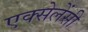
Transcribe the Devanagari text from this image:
एक्सेलेंसी